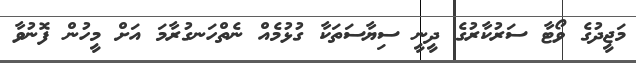
މަޖީދުގެ ވޯޓާ ސަރުކާރުގެ ދީނީ ސިޔާސަތަކާ ގުޅުމެއް ނެތްހަނގުރާމަ އަށް މީހުން ފޮނުވާ